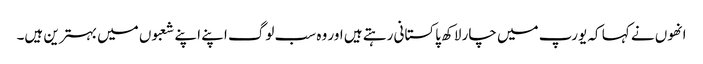
انھوں نے کہا کہ یورپ میں چار لاکھ پاکستانی رہتے ہیں اور وہ سب لوگ اپنے اپنے شعبوں میں بہترین ہیں۔